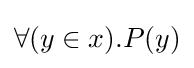
\forall (y\in x).P(y)